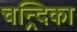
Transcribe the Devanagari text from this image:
चन्र्दिका